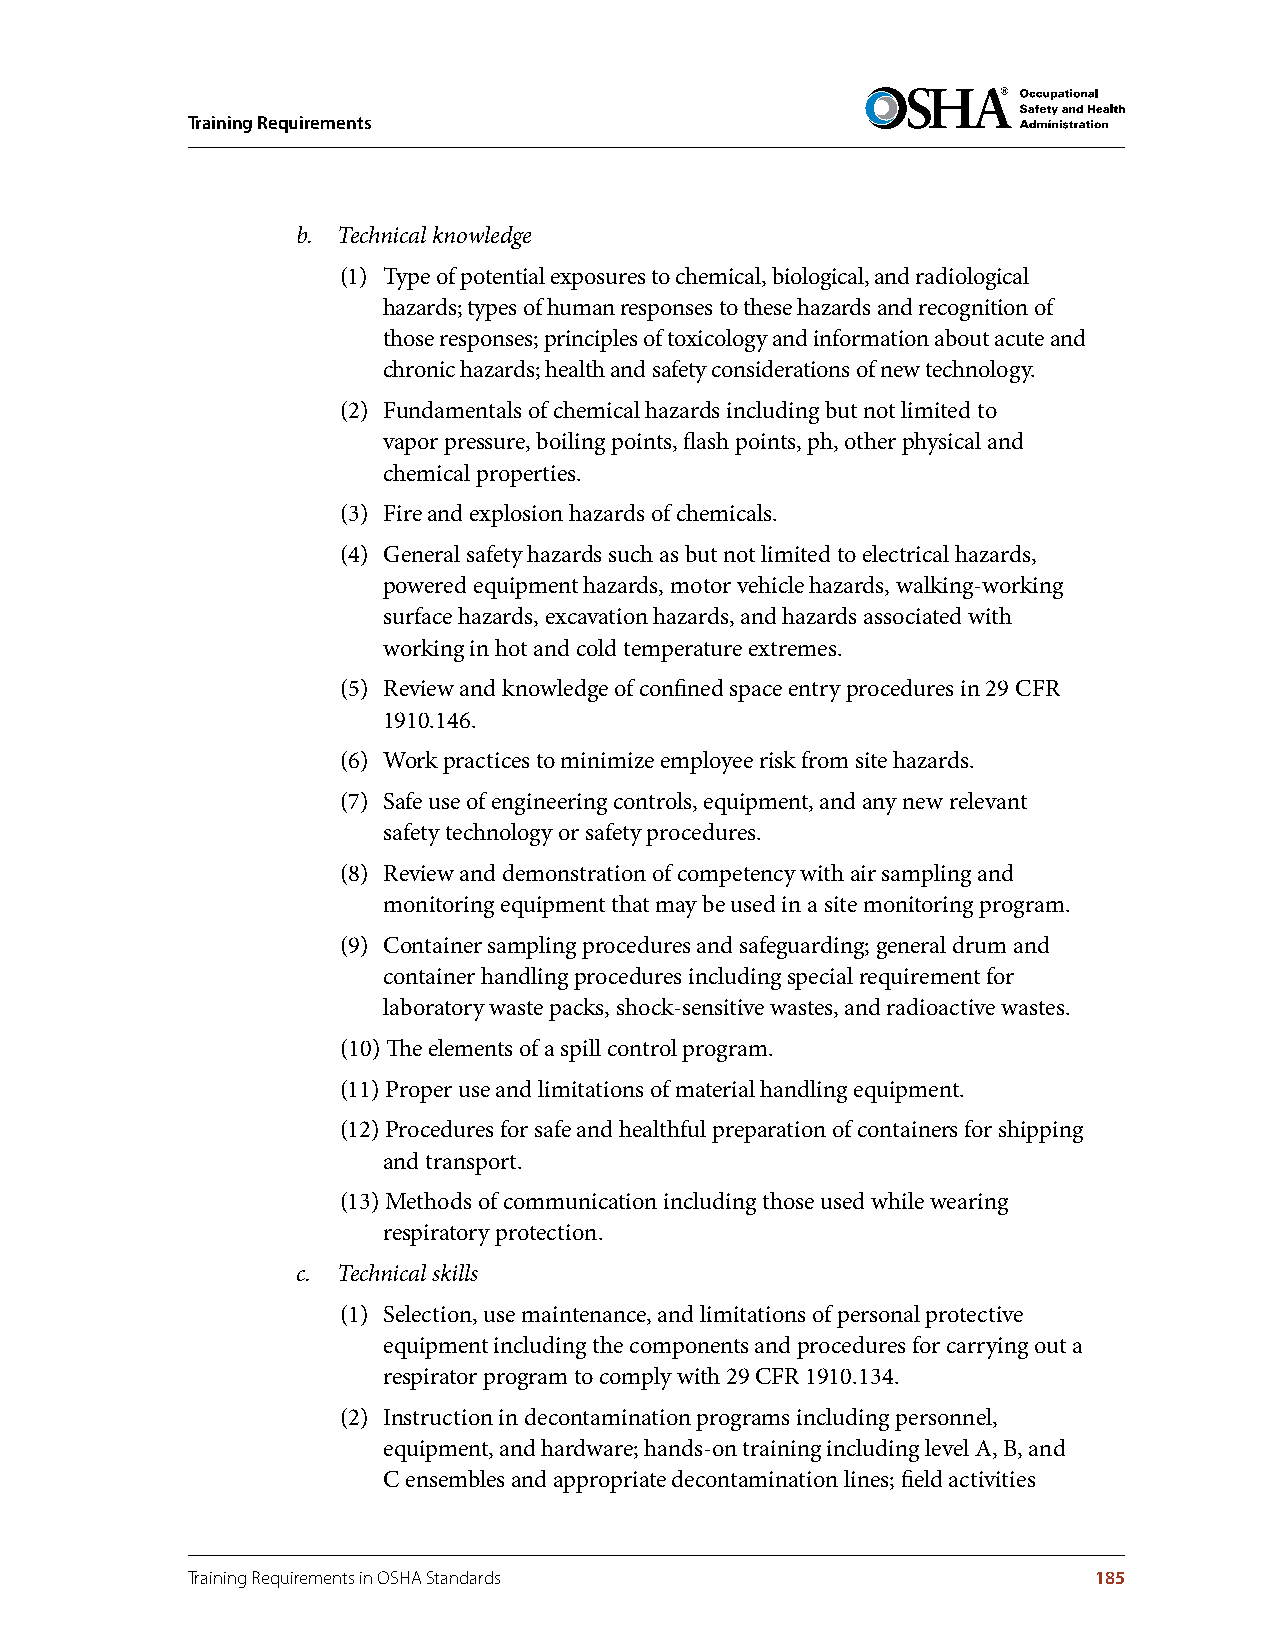
Training Requirements
 b. Technical knowledge
 (1) Type of potential exposures to chemical, biological, and radiological
 hazards; types of human responses to these hazards and recognition of
 those responses; principles of toxicology and information about acute and
 chronic hazards; health and safety considerations of new technology.
 (2) Fundamentals of chemical hazards including but not limited to
 vapor pressure, boiling points, flash points, ph, other physical and
 chemical properties.
 (3) Fire and explosion hazards of chemicals.
 (4) General safety hazards such as but not limited to electrical hazards,
 powered equipment hazards, motor vehicle hazards, walking-working
 surface hazards, excavation hazards, and hazards associated with
 working in hot and cold temperature extremes.
 (5) Review and knowledge of confined space entry procedures in 29 CFR
 1910.146.
 (6) Work practices to minimize employee risk from site hazards.
 (7) Safe use of engineering controls, equipment, and any new relevant
 safety technology or safety procedures.
 (8) Review and demonstration of competency with air sampling and
 monitoring equipment that may be used in a site monitoring program.
 (9) Container sampling procedures and safeguarding; general drum and
 container handling procedures including special requirement for
 laboratory waste packs, shock-sensitive wastes, and radioactive wastes.
 (10) The elements of a spill control program.
 (11) Proper use and limitations of material handling equipment.
 (12) Procedures for safe and healthful preparation of containers for shipping
 and transport.
 (13) Methods of communication including those used while wearing
 respiratory protection.
 c. Technical skills
 (1) Selection, use maintenance, and limitations of personal protective
 equipment including the components and procedures for carrying out a
 respirator program to comply with 29 CFR 1910.134.
 (2) Instruction in decontamination programs including personnel,
 equipment, and hardware; hands-on training including level A, B, and
 C ensembles and appropriate decontamination lines; field activities
 Training Requirements in OSHA Standards                     185